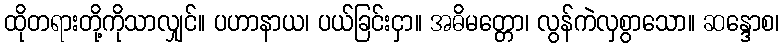
ထိုတရားတို့ကိုသာလျှင်။ ပဟာနာယ၊ ပယ်ခြင်းငှာ။ အဓိမတ္တော၊ လွန်ကဲလှစွာသော။ ဆန္ဒောစ၊